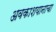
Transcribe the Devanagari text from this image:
अवकाशयानाचा